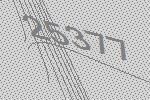
25377